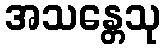
အသန္တေသု